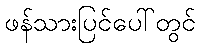
ဖန်သားပြင်ပေါ်တွင်